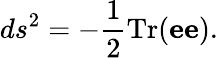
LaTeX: ds^{2}=-{\frac{1}{2}}\mathrm{Tr}({\mathbf e}{\mathbf e}).